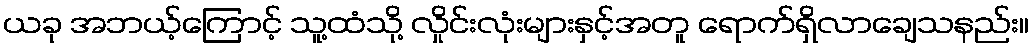
ယခု အဘယ့်ကြောင့် သူ့ထံသို့ လှိုင်းလုံးများနှင့်အတူ ရောက်ရှိလာချေသနည်း။